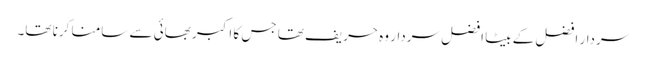
سردار افضل کے بیٹا افضل سردار وہ حریف تھا جس کا اکبر بھائی سے سامنا کرنا تھا۔